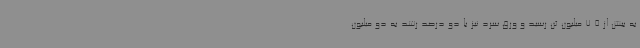
به بیش از 7.5 میلیون تن رسید و ورق سرد نیز با دو درصد رشد به دو میلیون